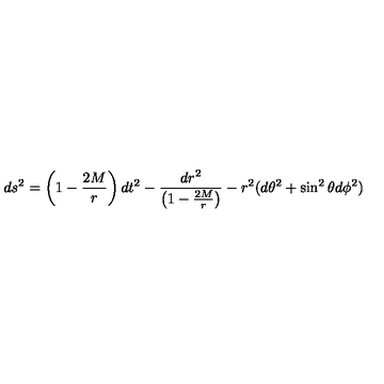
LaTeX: d s ^ { 2 } = \left( 1 - \frac { 2 M } { r } \right) d t ^ { 2 } - \frac { d r ^ { 2 } } { \left( 1 - \frac { 2 M } { r } \right) } - r ^ { 2 } ( d \theta ^ { 2 } + \sin ^ { 2 } \theta d \phi ^ { 2 } )